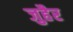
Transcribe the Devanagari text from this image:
जुहैर